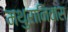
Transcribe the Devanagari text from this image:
मथुरानिवास